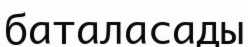
баталасады